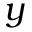
y